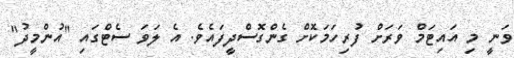
ވަނީ މި އައިޓަމް ވަރަށް ފުރިހަމަކޮށް ގެންގޮސްދީފައެވެ. އެ ލަވަ ސެޓްގައި "އުންމީދު"